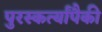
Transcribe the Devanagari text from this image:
पुरस्कर्त्यांपैकी